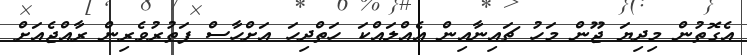
އެގޮތުން މިދިޔަ ޖޫން މަހު ޗައިނާއިން އެއްލައްކަ ހަތްދިހަ އަށްހާސް ފަތުރުވެރިން ރާއްޖެއަށް